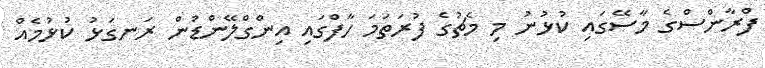
ފްރާންސްގެ މާސޭގައި ކުޅުނު މި މެޗުގެ ފުރަތަމަ ހާފްގައި އިންގްލޭންޑުން ރަނގަޅު ކުޅުމެއް